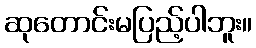
ဆုတောင်းမပြည့်ပါဘူး။